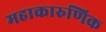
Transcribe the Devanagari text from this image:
महाकारुणिक